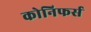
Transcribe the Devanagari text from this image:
कोनिफर्स